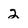
Character: 2